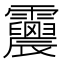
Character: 𩇀